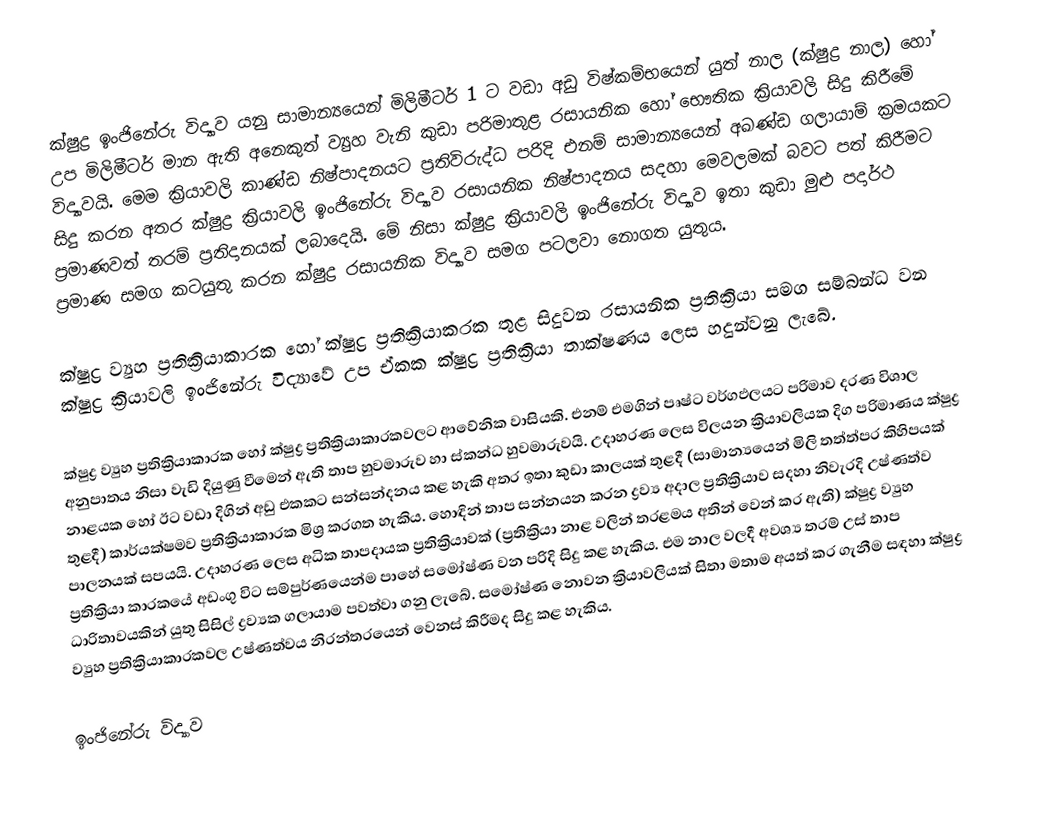
ක්ෂුද්‍ර ඉංජිනේරු විද්‍යාව යනු සාමාන්‍යයෙන් මිලිමීටර් 1 ට වඩා අඩු විෂ්කම්භයෙන් යුත් නාල (ක්ෂුද්‍ර නාල) හෝ උප මිලිමීටර් මාන ඇති අනෙකුත් ව්‍යුහ වැනි කුඩා පරිමාතුළ රසායනික හෝ භෞතික ක්‍රියාවලි සිදු කිරීමේ විද්‍යාවයි. මෙම ක්‍රියාවලි කාණ්ඩ නිෂ්පාදනයට ප්‍රතිවිරුද්ධ පරිදි එනම් සාමාන්‍යයෙන් අඛණ්ඩ ගලායාම් ක්‍රමයකට සිදු කරන අතර ක්ෂුද්‍ර ක්‍රියාවලි ඉංජිනේරු විද්‍යාව රසායනික නිෂ්පාදනය සදහා මෙවලමක් බවට පත් කිරීමට ප්‍රමාණවත් තරම් ප්‍රතිදානයක් ලබාදෙයි. මේ නිසා ක්ෂුද්‍ර ක්‍රියාවලි ඉංජිනේරු විද්‍යාව ඉතා කුඩා මුළු පදාර්ථ ප්‍රමාණ සමග කටයුතු කරන ක්ෂුද්‍ර රසායනික විද්‍යාව සමග පටලවා නොගත යුතුය.

ක්ෂුද්‍ර ව්‍යුහ ප්‍රතික්‍රියාකාරක හෝ ක්ෂුද්‍ර ප්‍රතික්‍රියාකරක තුළ සිදුවන රසායනික ප්‍රතික්‍රියා සමග සම්බන්ධ වන ක්ෂුද්‍ර ක්‍රියාවලි ඉංජිනේරු විද්‍යාවේ උප ඒකක ක්ෂුද්‍ර ප්‍රතික්‍රියා තාක්ෂණය ලෙස හදුන්වනු ලැබේ.

ක්ෂුද්‍ර ව්‍යුහ ප්‍රතික්‍රියාකාරක හෝ ක්ෂුද්‍ර ප්‍රතික්‍රියාකාරකවලට ආවේනික වාසියකි. එනම් එමගින් පෘෂ්ට වර්ගඵලයට පරිමාව දරණ විශාල අනුපාතය නිසා වැඩි දියුණු වීමෙන් ඇති තාප හුවමාරුව හා ස්කන්ධ හුවමාරුවයි. උදාහරණ ලෙස විලයන ක්‍රියාවලියක දිග පරිමාණය ක්ෂුද්‍ර නාළයක හෝ ඊට වඩා දිගින් අඩු එකකට සන්සන්දනය කළ හැකි අතර ඉතා කුඩා කාලයක් තුළදී (සාමාන්‍යයෙන් මිලි තත්ත්පර කිහිපයක් තුළදී) කාර්යක්ෂමව ප්‍රතික්‍රියාකාරක මිශ්‍ර කරගත හැකිය. හොඳින් තාප සන්නයන කරන ද්‍රව්‍ය අදාල ප්‍රතික්‍රියාව සදහා නිවැරදි උෂ්ණත්ව පාලනයක් සපයයි. උදාහරණ ලෙස අධික තාපදායක ප්‍රතික්‍රියාවක් (ප්‍රතික්‍රියා නාළ වලින් තරළමය අතින් වෙන් කර ඇති) ක්ෂුද්‍ර ව්‍යුහ ප්‍රතික්‍රියා කාරකයේ අඩංගු විට සම්පුර්ණයෙන්ම පාහේ සමෝෂ්ණ වන පරිදි සිදු කළ හැකිය. එම නාල වලදී අවශ්‍ය තරම් උස් තාප ධාරිතාවයකින් යුතු සිසිල් ද්‍රව්‍යක ගලායාම පවත්වා ගනු ලැබේ. සමෝෂ්ණ නොවන ක්‍රියාවලියක් සිතා මතාම අයත් කර ගැනීම සඳහා ක්ෂුද්‍ර ව්‍යුහ ප්‍රතික්‍රියාකාරකවල උෂ්ණත්වය නිරන්තරයෙන් වෙනස් කිරීමද සිදු කළ හැකිය.

 ඉංජිනේරු විද්‍යාව